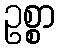
ဥစ္စာ